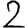
Digit: 2